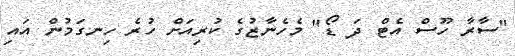
"ސާރާ ހޫސް އެޓް ދަ ޑޯ" މެހެނާޒުގެ ކުރިއަށް ހުރެ ހިނގަމުން އައި